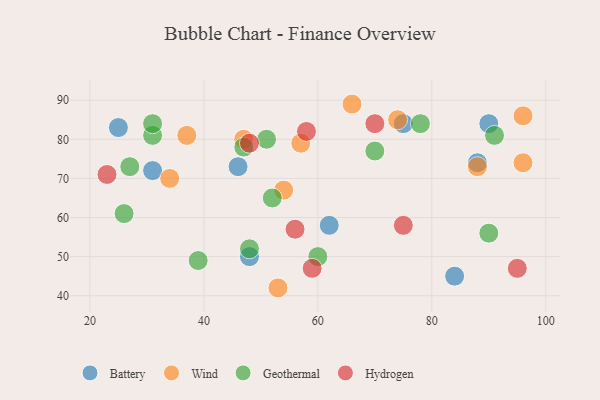
{"axis": {"x": "GDP", "y": "Life Expectancy"}, "legend": ["Battery", "Geothermal", "Hydrogen", "Wind"], "data": [{"x": "31", "y": 72, "type": "Battery"}, {"x": "75", "y": 84, "type": "Battery"}, {"x": "90", "y": 84, "type": "Battery"}, {"x": "48", "y": 50, "type": "Battery"}, {"x": "88", "y": 74, "type": "Battery"}, {"x": "46", "y": 73, "type": "Battery"}, {"x": "62", "y": 58, "type": "Battery"}, {"x": "84", "y": 45, "type": "Battery"}, {"x": "25", "y": 83, "type": "Battery"}, {"x": "57", "y": 79, "type": "Wind"}, {"x": "34", "y": 70, "type": "Wind"}, {"x": "53", "y": 42, "type": "Wind"}, {"x": "47", "y": 80, "type": "Wind"}, {"x": "96", "y": 74, "type": "Wind"}, {"x": "88", "y": 73, "type": "Wind"}, {"x": "37", "y": 81, "type": "Wind"}, {"x": "74", "y": 85, "type": "Wind"}, {"x": "54", "y": 67, "type": "Wind"}, {"x": "66", "y": 89, "type": "Wind"}, {"x": "96", "y": 86, "type": "Wind"}, {"x": "39", "y": 49, "type": "Geothermal"}, {"x": "27", "y": 73, "type": "Geothermal"}, {"x": "51", "y": 80, "type": "Geothermal"}, {"x": "91", "y": 81, "type": "Geothermal"}, {"x": "48", "y": 52, "type": "Geothermal"}, {"x": "31", "y": 81, "type": "Geothermal"}, {"x": "52", "y": 65, "type": "Geothermal"}, {"x": "26", "y": 61, "type": "Geothermal"}, {"x": "90", "y": 56, "type": "Geothermal"}, {"x": "31", "y": 84, "type": "Geothermal"}, {"x": "78", "y": 84, "type": "Geothermal"}, {"x": "60", "y": 50, "type": "Geothermal"}, {"x": "47", "y": 78, "type": "Geothermal"}, {"x": "70", "y": 77, "type": "Geothermal"}, {"x": "23", "y": 71, "type": "Hydrogen"}, {"x": "75", "y": 58, "type": "Hydrogen"}, {"x": "70", "y": 84, "type": "Hydrogen"}, {"x": "48", "y": 79, "type": "Hydrogen"}, {"x": "59", "y": 47, "type": "Hydrogen"}, {"x": "58", "y": 82, "type": "Hydrogen"}, {"x": "56", "y": 57, "type": "Hydrogen"}, {"x": "95", "y": 47, "type": "Hydrogen"}]}